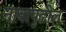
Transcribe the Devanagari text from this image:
नावापुढील